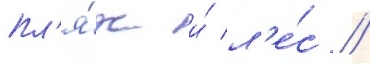
пл'я́ж и́ л'е́с //